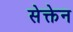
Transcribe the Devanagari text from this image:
सेक्तेन